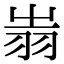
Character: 𦐉